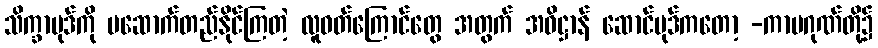
သိက္ခာပုဒ်ကို မဆောက်တည်နိုင်ကြတဲ့ လူဝတ်ကြောင်တွေ အတွက် အဓိဋ္ဌာန် ဆောင်ပုဒ်ကတော့ -ကာမဂုဏ်တို့၌